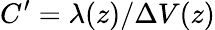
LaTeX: C^{\prime}=\lambda(z)/\Delta V(z)